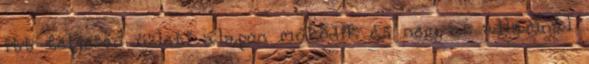
itt teljesen üzleti alapon működik és nem az államnál